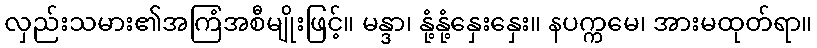
လှည်းသမား၏အကြံအစီမျိုးဖြင့်။ မန္ဒာ၊ နုံ့နုံ့နှေးနှေး။ နပက္ကမေ၊ အားမထုတ်ရာ။